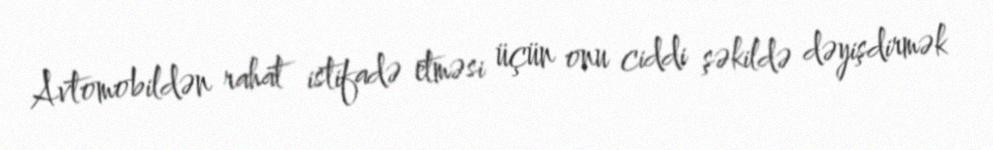
Avtomobildən rahat istifadə etməsi üçün onu ciddi şəkildə dəyişdirmək